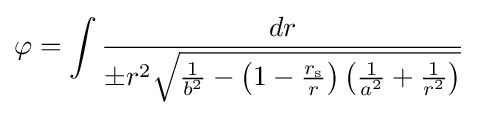
\varphi =\int {\frac {dr}{\pm r^{2}{\sqrt {{\frac {1}{b^{2}}}-\left(1-{\frac {r_{\text{s}}}{r}}\right)\left({\frac {1}{a^{2}}}+{\frac {1}{r^{2}}}\right)}}}}